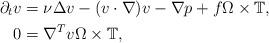
LaTeX: \begin{align*}\partial_t{v} &= \nu \Delta v - (v\cdot\nabla) v - \nabla p +f \Omega \times \mathbb T ,\\0 &=\nabla^T v \Omega \times \mathbb T,\end{align*}